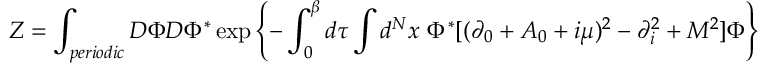
{ \cal Z } = \int _ { p e r i o d i c } D \Phi D \Phi ^ { \ast } \exp \left\{ - \int _ { 0 } ^ { \beta } d \tau \int d ^ { N } x \ \Phi ^ { \ast } [ ( \partial _ { 0 } + A _ { 0 } + i \mu ) ^ { 2 } - \partial _ { i } ^ { 2 } + M ^ { 2 } ] \Phi \right\}